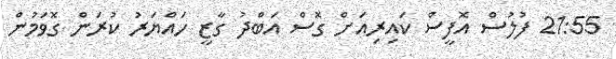
21:55 ފުލުސް އޮފީސް ކައިރިއަށް ގޮސް އަބްދު ގާޒީ ހައްޔަރު ކުރަން ގޮވަމުން